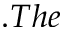
. T h e